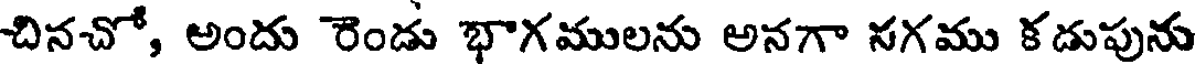
చినచో, అందు రెండు భాగములను అనగా నగము కడుపును